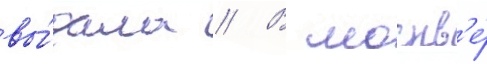
вы́дала // В москв'е́